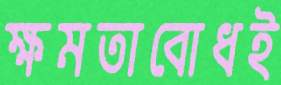
ক্ষমতাবোধই